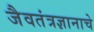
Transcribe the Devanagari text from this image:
जैवतंत्रज्ञानाचे